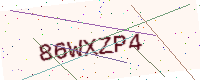
Text: 86WXZP4